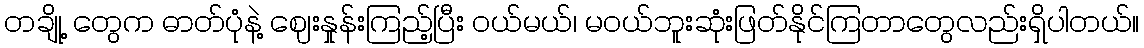
တချို့ တွေက ဓာတ်ပုံနဲ့ ဈေးနှုန်းကြည့်ပြီး ဝယ်မယ်၊ မဝယ်ဘူးဆုံးဖြတ်နိုင်ကြတာတွေလည်းရှိပါတယ်။